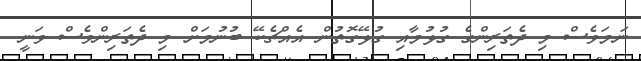
ނަމަވެސް މި ދެތަރިންގެ ގުޅުމާއި ގުޅޭގޮތުން އެއްޗެކޭ ބުނުމަށް މި ދެތަރިންވެސް ވަނީ